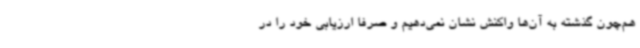
هم‌چون گذشته به آن‌ها واکنش نشان نمی‌دهیم و صرفا ارزیابی خود را در